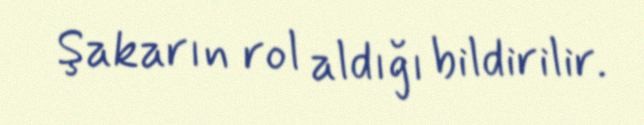
Şakarın rol aldığı bildirilir.